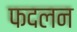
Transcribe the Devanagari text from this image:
फदलन